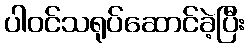
ပါဝင်သရုပ်ဆောင်ခဲ့ပြီး